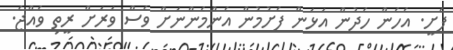
ފެށީ. އެހެން ހެދުން އަޅަން ފެށުމުން އެންމެންނަށް ވެސް ވަރަށް ރީތި ވެއްޖެ.